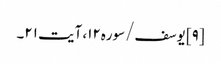
[۹] یوسف/سوره۱۲، آیت ۲۱۔